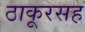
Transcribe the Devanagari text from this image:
ठाकूरसह